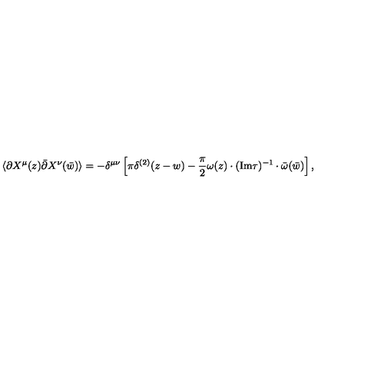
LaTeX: \langle \partial X ^ { \mu } ( z ) \bar { \partial } X ^ { \nu } ( \bar { w } ) \rangle = - \delta ^ { \mu \nu } \left[ \pi \delta ^ { ( 2 ) } ( z - w ) - { \frac { \pi } { 2 } } \omega ( z ) \cdot ( \mathrm { I m } \tau ) ^ { - 1 } \cdot \bar { \omega } ( \bar { w } ) \right] ,